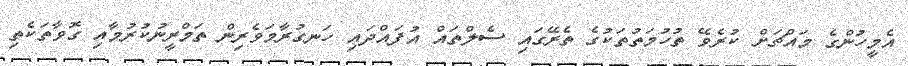
އެމީހުންގެ މައްޗަށް ކުރެވޭ ތުހުމަތުތަކުގެ ތެރޭގައި ސެލްތައް އުފައްދައި ހަނގުރާމަވެރިން ތަމްރީނުކުރުމާއި ގޮވާތަކެތި